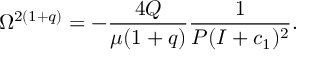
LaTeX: \Omega ^ { 2 ( 1 + q ) } = - \frac { 4 Q } { \mu ( 1 + q ) } \frac { 1 } { P ( I + c _ { 1 } ) ^ { 2 } } .